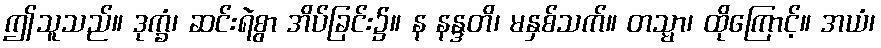
ဤသူသည်။ ဒုက္ခံ၊ ဆင်းရဲစွာ အိပ်ခြင်း၌။ န နန္ဒတိ၊ မနှစ်သက်။ တသ္မာ၊ ထိုကြောင့်။ အယံ၊